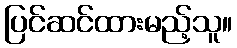
ပြင်ဆင်ထားမည့်သူ။